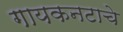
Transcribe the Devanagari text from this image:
गायकनटाचे